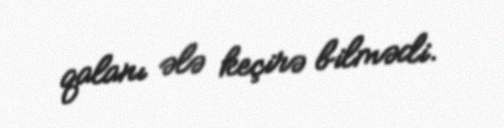
qalanı ələ keçirə bilmədi.